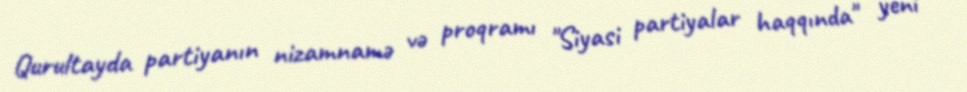
Qurultayda partiyanın nizamnamə və proqramı "Siyasi partiyalar haqqında" yeni